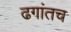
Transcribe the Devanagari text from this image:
ढगांतच